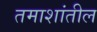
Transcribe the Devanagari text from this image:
तमाशांतील